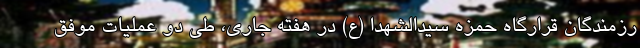
رزمندگان قرارگاه حمزه سیدالشهدا (ع) در هفته جاری، طی دو عملیات موفق